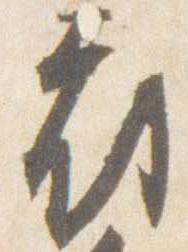
府